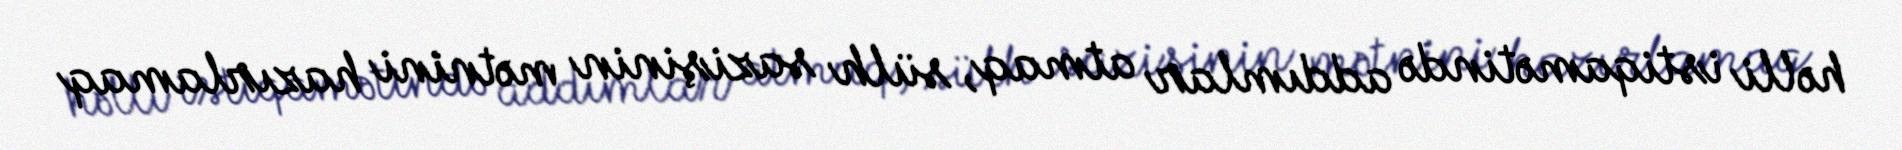
həlli istiqamətində addımlar atmaq, sülh sazişinin mətnini hazırlamaq